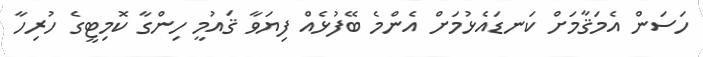
ހަސަން އެމަޤާމަށް ކަނޑައެޅުމަށް އެންމެ ބޭފުޅެއް ފިޔަވާ ޤައުމީ ހިންގާ ކޮމިޓީގެ ހުރިހާ